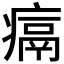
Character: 𪽶